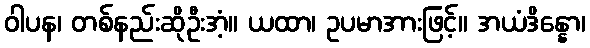
ဝါပန၊ တစ်နည်းဆိုဦးအံ့။ ယထာ၊ ဥပမာအားဖြင့်။ အယံဒိန္နော၊